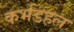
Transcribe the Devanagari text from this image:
कर्भडहल